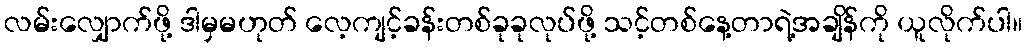
လမ်းလျှောက်ဖို့ ဒါမှမဟုတ် လေ့ကျင့်ခန်းတစ်ခုခုလုပ်ဖို့ သင့်တစ်နေ့တာရဲ့အချိန်ကို ယူလိုက်ပါ။